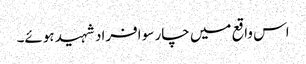
اس واقع میں چار سو افراد شہید ہوئے۔